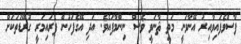
ފާސްވެފައިވާއިރު އޭނާވަނީ މަތީ ޘާނަވީ ވެސް ނިންމާފައެވެ. އަދި އޭގެފަހުން ޕްރައިމަރީ ގުރޭޑުތަކަށް